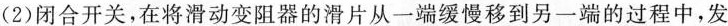
(2)闭合开关，在将滑动变阻器的滑片从一端缓慢移到另一端的过程中，发